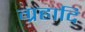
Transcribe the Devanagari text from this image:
ग्रहादि